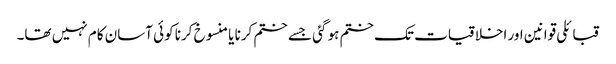
قبائلی قوانین اور اخلاقیات تک ختم ہو گئی جسے ختم کرنا یا منسوخ کرنا کوئی آسان کام نہیں تھا۔